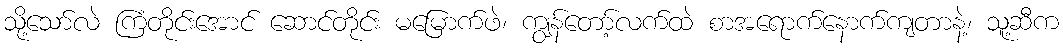
သို့သော်လဲ ကြံတိုင်းအောင် ဆောင်တိုင်း မမြောက်ဖဲ၊ ကျွန်တော့်လက်ထဲ စာအရောက်နောက်ကျတာနဲ့၊ သူ့ဆီက